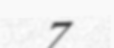
7